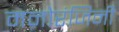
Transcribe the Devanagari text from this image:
मनोरंजिनी